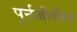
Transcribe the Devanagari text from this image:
पुर्नजीवीत